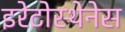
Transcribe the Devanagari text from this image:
इरेटोस्थेनेस